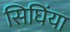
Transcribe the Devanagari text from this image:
सिघिंया